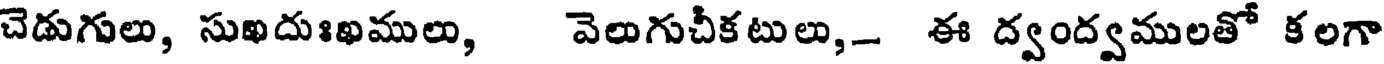
చెడుగులు, సుఖదుఃఖములు, వెలుగుచీకటులు,- ఈ ద్వంద్వములతో కలగా